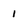
Character: 1